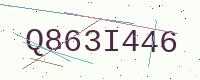
Text: Q863I446